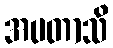
အပတာသိ